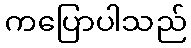
ကပြောပါသည်